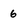
Character: 6